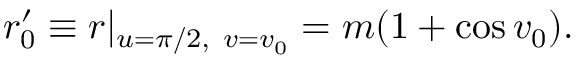
r _ { 0 } ^ { \prime } \equiv r | _ { u = \pi / 2 , ~ v = v _ { 0 } } = m ( 1 + \cos v _ { 0 } ) .